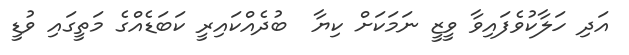
އަދި ހަލާކުވެފައިވާ ވީޒީ ނަމަކަށް ކިޔާ  ބުދެއްކައިރީ ކަބަޑެއްގެ މަތީގައި ވުޑީ